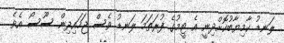
ލަނޑު ކާމިޔާބުކޮށްދިނީ އެ ޓީމުގެ ފުރަތަމަ ލަނޑު ވެސް ޖަހައިދިން ސޫސޯ އެވެ.